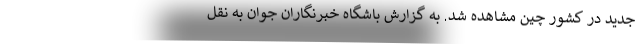
جدید در کشور چین مشاهده شد. به گزارش باشگاه خبرنگاران جوان به نقل